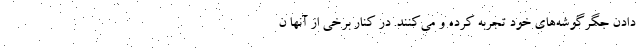
دادن جگرگوشه‌های خود تجربه کرده و می‌کنند. در کنار برخی از آنها ن